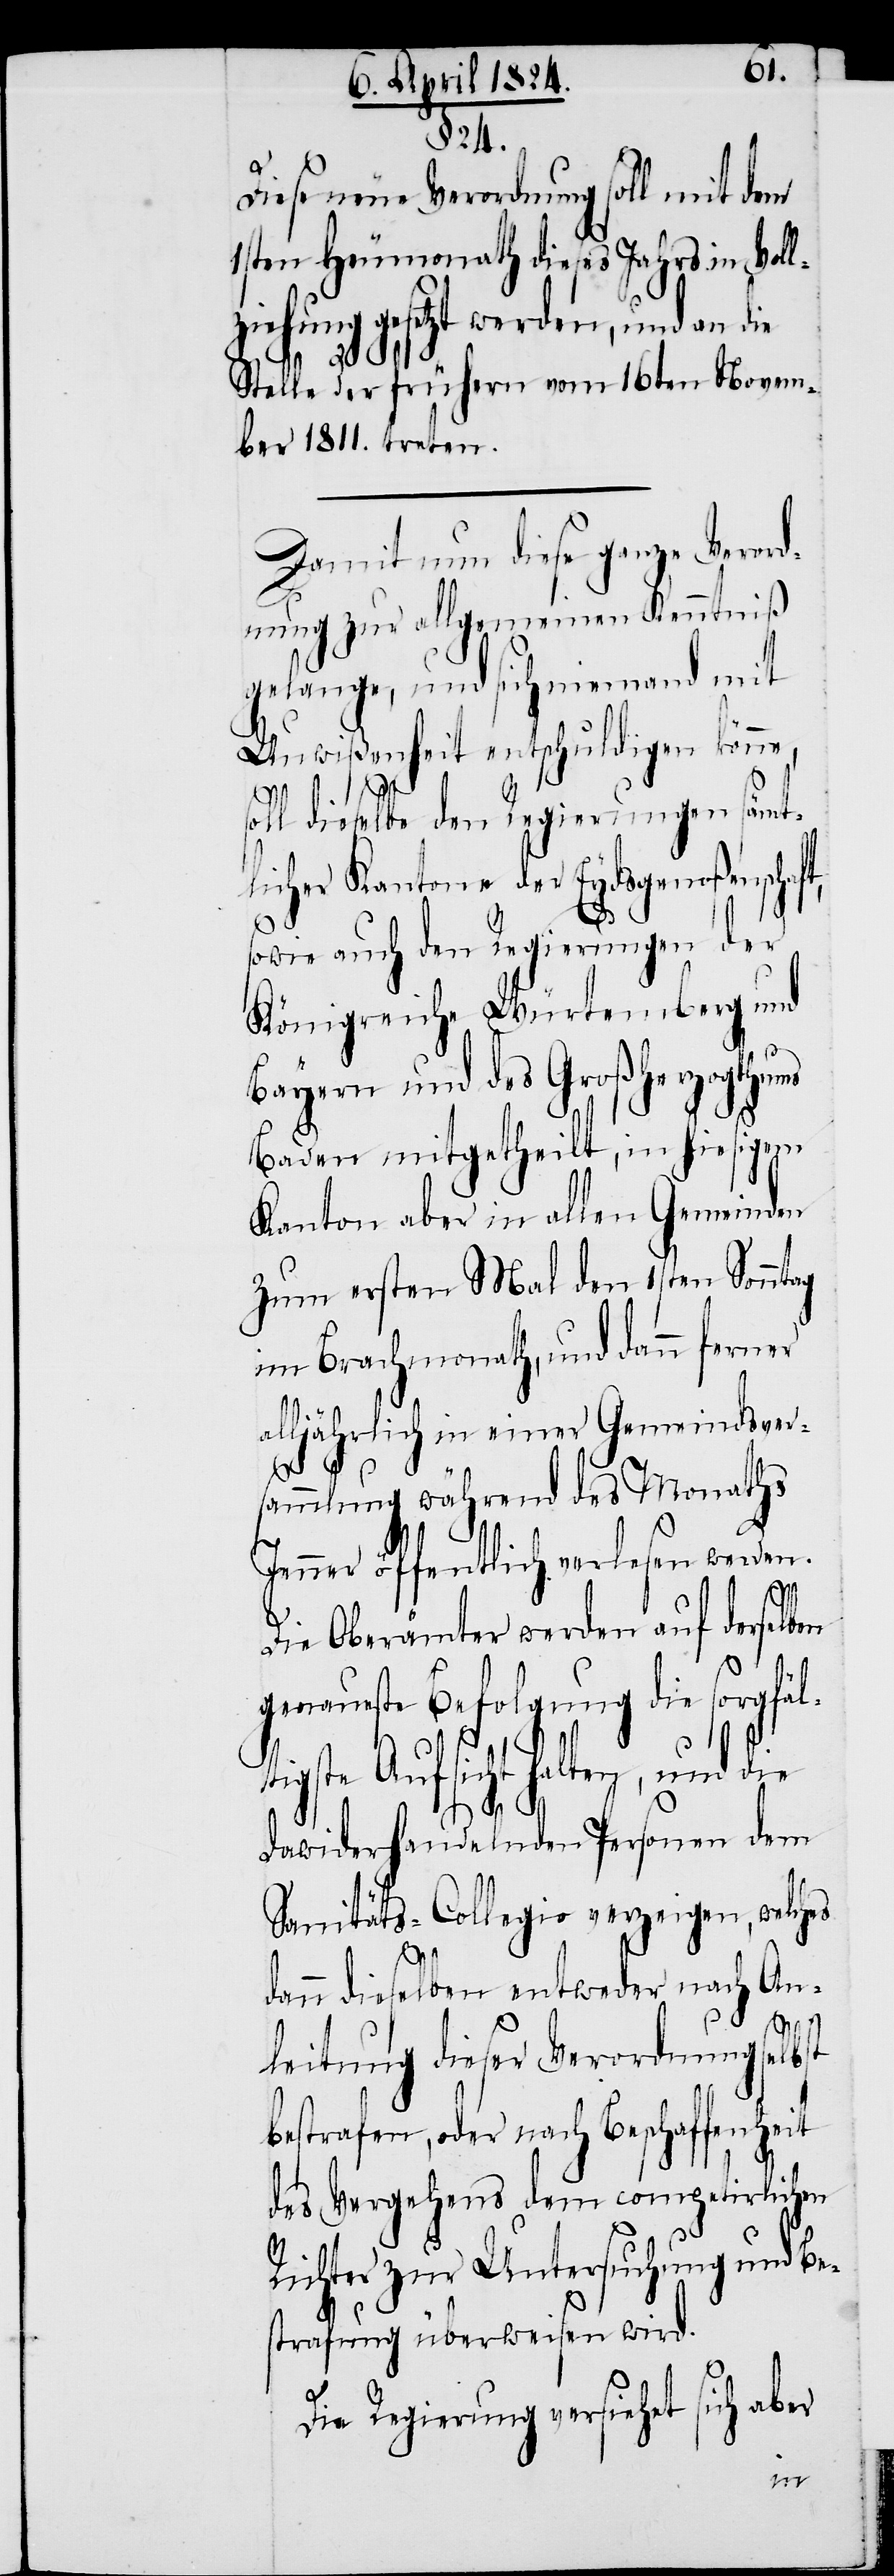
24.
Diese neue Verordnung soll mit dem
1sten Heumonath dieses Jahrs in Voll¬
ziehung gesetzt werden, und an die
Stelle der frühern vom 16ten Novem¬
ber 1811. treten.
Damit nun diese ganze Verord¬
nung zur allgemeinen Kenntniß
gelange, und sich niemand mit
Unwißenheit entschuldigen könne,
t¬
soll dieselbe den Regierung sämt¬
licher Kantone der Eydsgenoßenschaf¬
sowie auch den Regierungen der
Königreiche Würtemberg und
Bayern und des Großherzogthums
Baden mitgetheilt, in hiesigem
Kanton aber in allen Gemeinden
zum ersten Mal den 1sten Sonntag
im Brachmonath, und dann ferner
alljährlich in einer Gemeindsver¬
§.
sammlung während des Monaths
Jenner öffentlich verlesen werden.
Die Oberämter werden auf derselb¬
genaueste Befolgung die sorgfäl¬
igste Aufsicht halten, und
dawiderhandelnden Personen dem
Sanitäts-Collegio verzeigen, welches
dann dieselben entweder nach An¬
leitung dieser Verordnung selbst
bestrafen, oder nach Beschaffenheit
des Vergehens dem competirlichen
Richter zur Untersuchung und Be¬
strafung überweisen wird.
Die Regierung versiehet sich aber
en